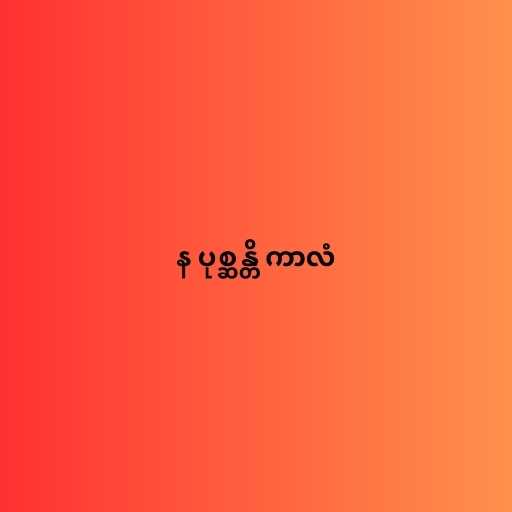
န ပုစ္ဆန္တိ ကာလံ